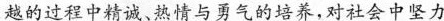
越的过程中精诚、热情与勇气的培养，对社会中坚力